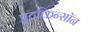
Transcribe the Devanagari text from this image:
एटकिन्सॉन